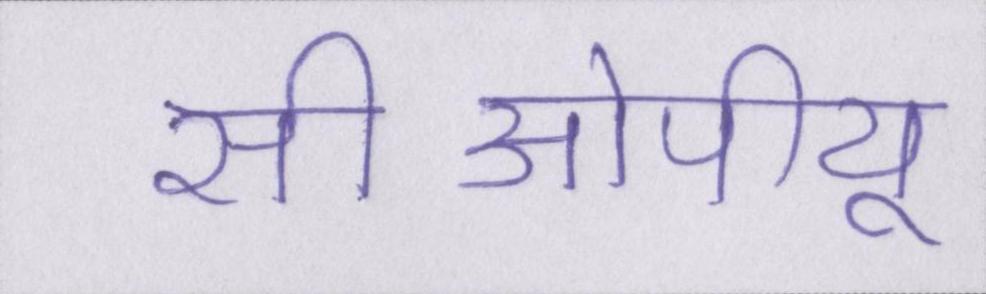
सीओपीयू